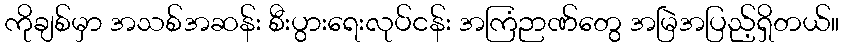
ကိုချစ်မှာ အသစ်အဆန်း စီးပွားရေးလုပ်ငန်း အကြံဉာဏ်တွေ အမြဲအပြည့်ရှိတယ်။